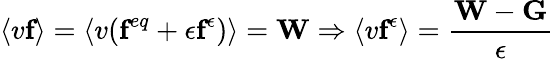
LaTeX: \left\langle v\textbf{f}\right\rangle=\left\langle v(\textbf{f}^{eq}+\epsilon\textbf{f}^{\epsilon})\right\rangle=\textbf{W}\Rightarrow\left\langle v\textbf{f}^{\epsilon}\right\rangle=\frac{\textbf{W}-\textbf{G}}{\epsilon}